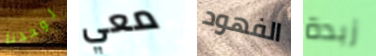
لوحدنا معي الفهود زبدة